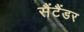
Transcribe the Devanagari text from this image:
सैंटैंडर